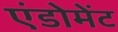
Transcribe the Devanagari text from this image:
एंडोमेंट